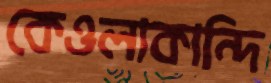
কেওলাকান্দি